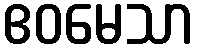
ဧဝမေသာ